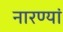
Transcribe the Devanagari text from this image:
नारण्यां